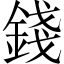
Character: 錢